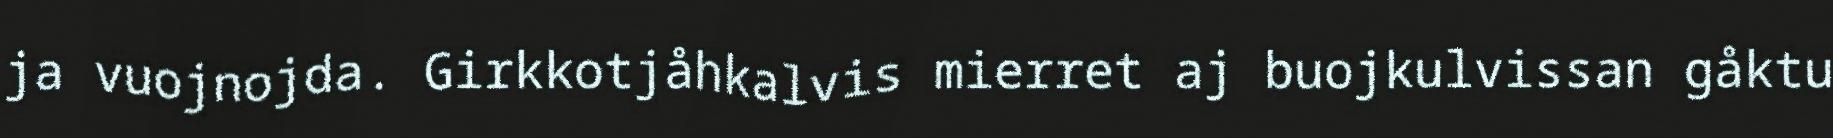
ja vuojnojda. Girkkotjåhkalvis mierret aj buojkulvissan gåktu